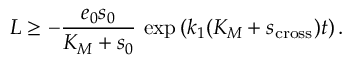
L \geq - \frac { e _ { 0 } s _ { 0 } } { K _ { M } + s _ { 0 } } \, \exp \left( k _ { 1 } ( K _ { M } + s _ { \mathrm { c r o s s } } ) t \right) .